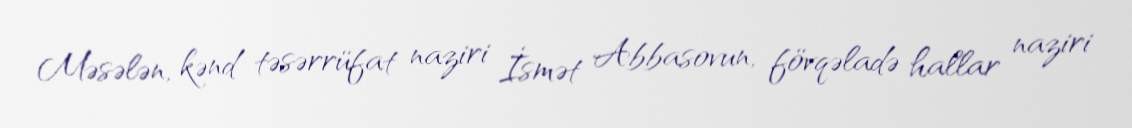
Məsələn, kənd təsərrüfat naziri İsmət Abbasovun, fövqəladə hallar naziri